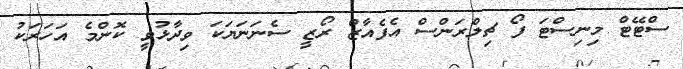
ސްޓޭޓް މިނިސްޓަ ފޯ ޗިލްރަންސް އެފެއާޒް ރޯޒީ ސެނަނަޔަކަ ވިދާޅުވީ ކޮންމެ އަހަރަކު